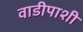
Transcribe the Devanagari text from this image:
वाडीपाशी